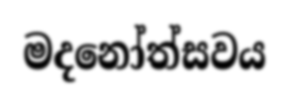
මදනෝත්සවය